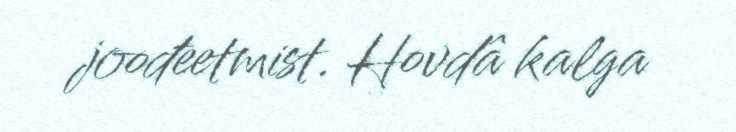
joođeetmist. Hovdâ kalga